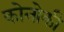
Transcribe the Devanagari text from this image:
कोनोकी